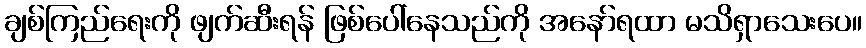
ချစ်ကြည်ရေးကို ဖျက်ဆီးရန် ဖြစ်ပေါ်နေသည်ကို အနော်ရထာ မသိရှာသေးပေ။